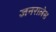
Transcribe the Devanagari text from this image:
जनरालेस